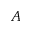
A